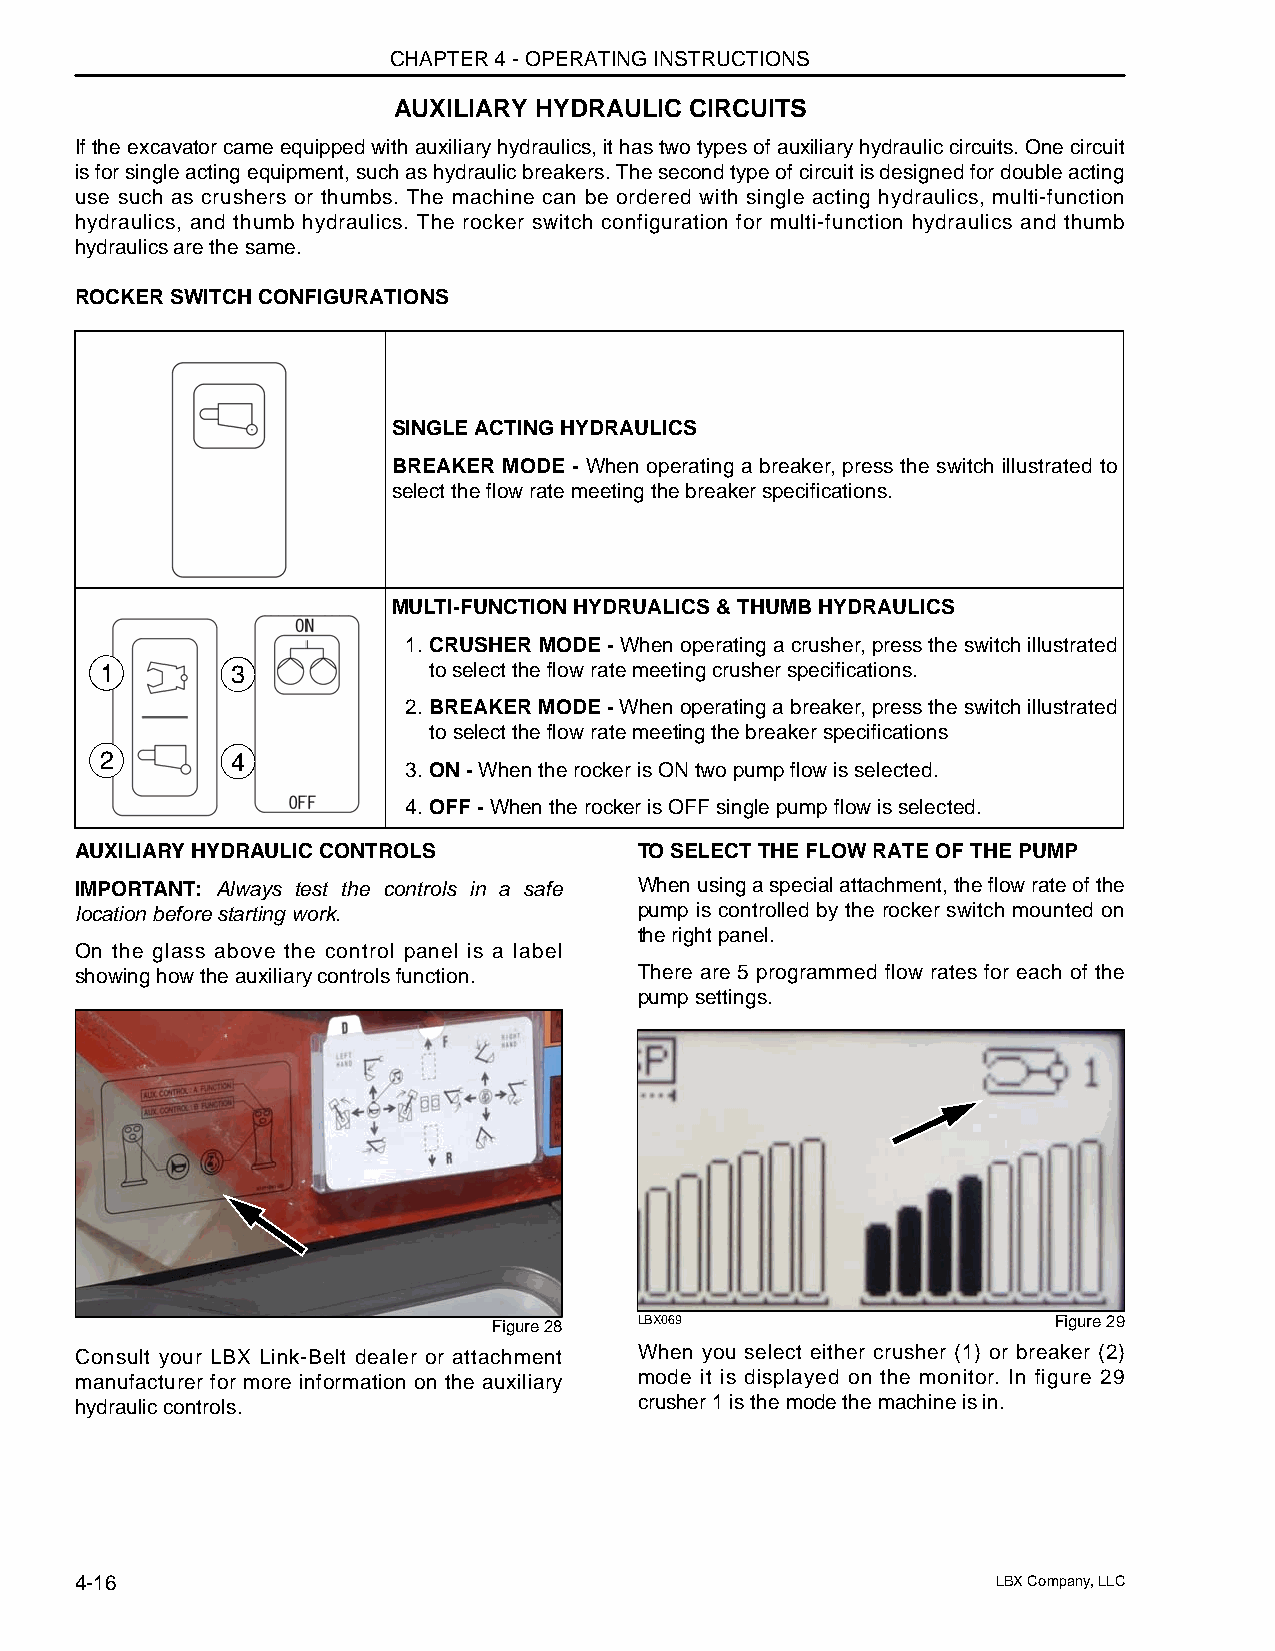
CHAPTER 4 - OPERATING INSTRUCTIONS
 AUXILIARY HYDRAULIC CIRCUITS
 If the excavator came equipped with auxiliary hydraulics, it has two types of auxiliary hydraulic circuits. One circuit
 is for single acting equipment, such as hydraulic breakers. The second type of circuit is designed for double acting
 use such as crushers or thumbs. The machine can be ordered with single acting hydraulics, multi-function
 hydraulics, and thumb hydraulics. The rocker switch configuration for multi-function hydraulics and thumb
 hydraulics are the same.
 ROCKER SWITCH CONFIGURATIONS
 SINGLE ACTING HYDRAULICS
 BREAKER MODE - When operating a breaker, press the switch illustrated to
 select the flow rate meeting the breaker specifications.
 MULTI-FUNCTION HYDRUALICS & THUMB HYDRAULICS
 1. CRUSHER MODE - When operating a crusher, press the switch illustrated
 1       3            to select the flow rate meeting crusher specifications.
 2. BREAKER MODE - When operating a breaker, press the switch illustrated
 to select the flow rate meeting the breaker specifications
 2       4
 3. ON - When the rocker is ON two pump flow is selected.
 4. OFF - When the rocker is OFF single pump flow is selected.
 AUXILIARY HYDRAULIC CONTROLS         TO SELECT THE FLOW RATE OF THE PUMP
 IMPORTANT: Always test the controls in a safe When using a special attachment, the flow rate of the
 location before starting work.       pump is controlled by the rocker switch mounted on
 the right panel.
 On the glass above the control panel is a label
 showing how the auxiliary controls function. There are 5 programmed flow rates for each of the
 pump settings.
 Figure 28 LBX069                     Figure 29
 Consult your LBX Link-Belt dealer or attachment When you select either crusher (1) or breaker (2)
 manufacturer for more information on the auxiliary mode it is displayed on the monitor. In figure 29
 hydraulic controls.                  crusher 1 is the mode the machine is in.
 4-16                                                         LBX Company, LLC